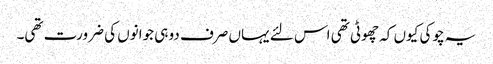
یہ چوکی کیوں کہ چھوٹی تھی اس لئے یہاں صرف دو ہی جوانوں کی ضرورت تھی۔